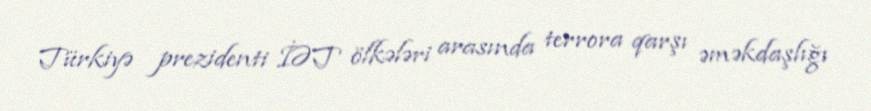
Türkiyə prezidenti İƏT ölkələri arasında terrora qarşı əməkdaşlığı